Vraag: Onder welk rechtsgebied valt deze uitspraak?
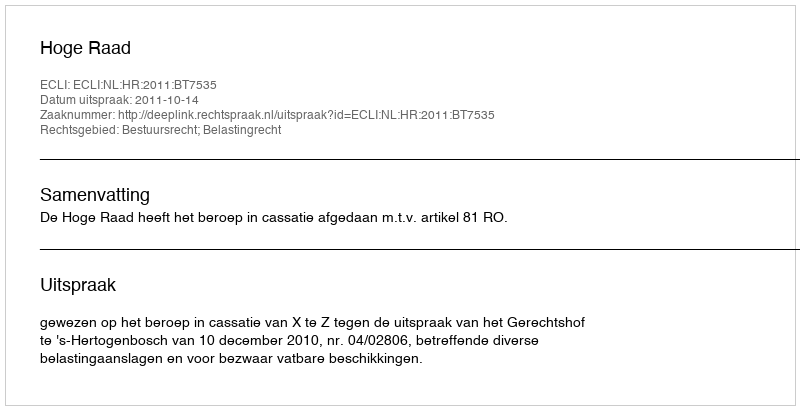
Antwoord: Bestuursrecht; Belastingrecht